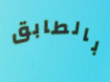
بالطابق